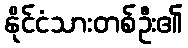
နိုင်ငံသားတစ်ဦး၏